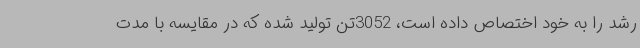
رشد را به خود اختصاص داده است، 3052تن تولید شده که در مقایسه با مدت